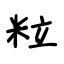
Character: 粒